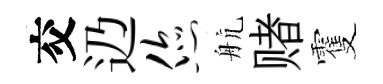
交辸您航赌䨥